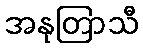
အနုတြာသီ